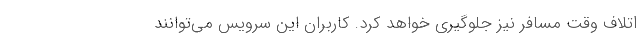
اتلاف وقت مسافر نیز جلوگیری خواهد کرد. کاربران این سرویس می‌توانند